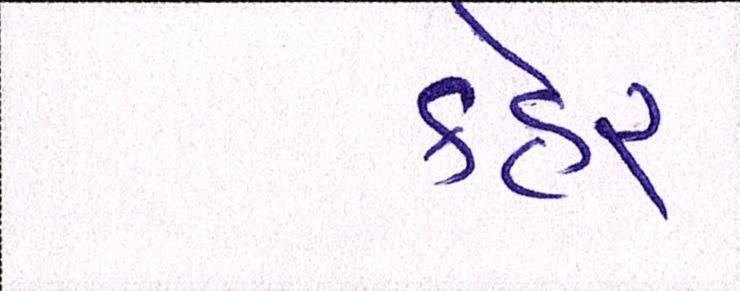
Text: કહેર